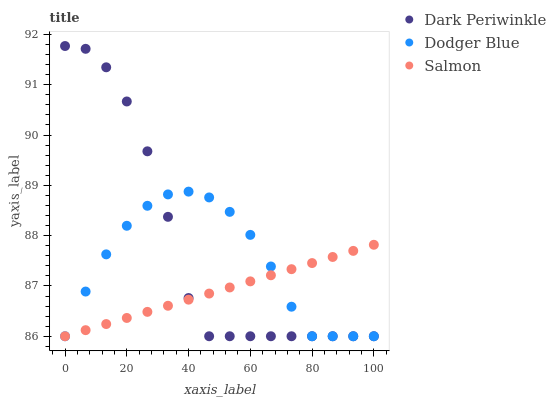
| xaxis_label | Dark Periwinkle | Dodger Blue | Salmon |
 | --- | --- | --- | --- |
 | 0 | 91.8 | 86 | 86 |
 | 6.67 | 91.7 | 86.9 | 86.1 |
 | 13.3 | 91.3 | 87.6 | 86.2 |
 | 20 | 90.7 | 88.2 | 86.4 |
 | 26.7 | 89.7 | 88.6 | 86.5 |
 | 33.3 | 88.4 | 88.8 | 86.6 |
 | 40 | 86.8 | 88.9 | 86.7 |
 | 46.7 | 86 | 88.8 | 86.8 |
 | 53.3 | 86 | 88.5 | 87 |
 | 60 | 86 | 88 | 87.1 |
 | 66.7 | 86 | 87.4 | 87.2 |
 | 73.3 | 86 | 86.6 | 87.3 |
 | 80 | 86 | 86 | 87.5 |
 | 86.7 | 86 | 86 | 87.6 |
 | 93.3 | 86 | 86 | 87.7 |
 | 100 | 86 | 86 | 87.8 |